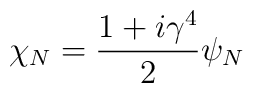
\chi _{N}=\frac{1+i\gamma ^{4}}{2}\psi _{N}